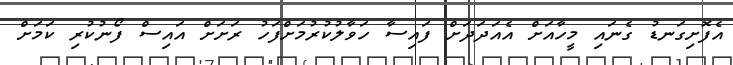
އެފޮށިގަނޑު ގެނައި މީހާއަށް އެއަދަދަށް ފައިސާ ހަވާލުކުރުމަށްފަހު ރަށަށް އައިސް ފޯނުކުރި ކަމަށް